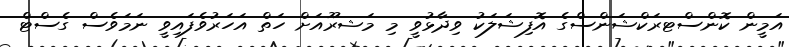
އަމީން ކޮންސްޓރަކްޝަންސްގެ އޮފިޝަލަކު ވިދާޅުވީ މި މަޝރޫއަށް ހަތް އަަހަރުވެފައިވީ ނަމަވެސް ގެސްޓް